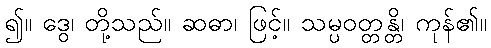
၍။ ဒွေ၊ တို့သည်။ ဆဓာ၊ ဖြင့်။ သမ္ပဝတ္တန္တိ၊ ကုန်၏။